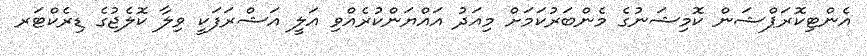
އެންޓިކޮރަޕްޝަން ކޮމިޝަނުގެ މެންބަރުކަމަށް މިއަދު އައްޔަންކުރެއްވި އަލީ އަޝްރަފަކީ ވިލާ ކޮލެޖުގެ ޑިރެކްޓަރ